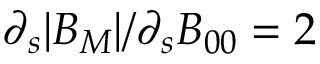
\partial _ { s } | B _ { M } | / \partial _ { s } B _ { 0 0 } = 2